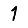
Digit: 1